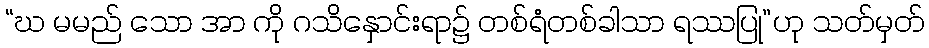
“ဃ မမည် သော အာ ကို ဂသိနှောင်းရာ၌ တစ်ရံတစ်ခါသာ ရဿပြု”ဟု သတ်မှတ်